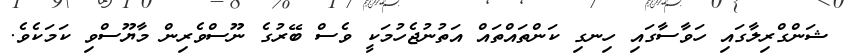
ޝަންގްރިލާގައި ހަވާސާގައި ހިނގި ކަންތައްތައް އަތުނުޖެހުމަކީ ވެސް ބޭރުގެ ނޫސްވެރިން މާޔޫސްވި ކަމަކެވެ.